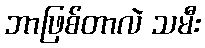
ဘာဖြစ်တာလဲ သမီး